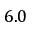
6 . 0